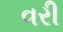
વરી